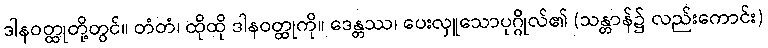
ဒါနဝတ္ထုတို့တွင်။ တံတံ၊ ထိုထို ဒါနဝတ္ထုကို။ ဒေန္တဿ၊ ပေးလှူသောပုဂ္ဂိုလ်၏ (သန္တာန်၌ လည်းကောင်း)